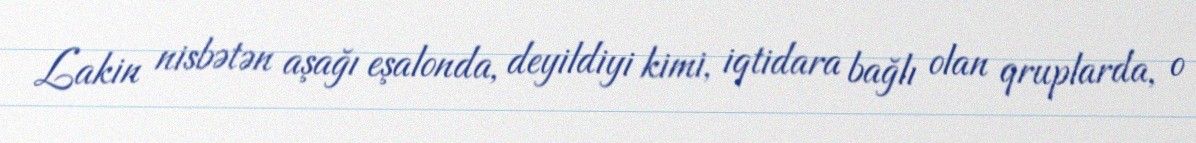
Lakin nisbətən aşağı eşalonda, deyildiyi kimi, iqtidara bağlı olan qruplarda, o